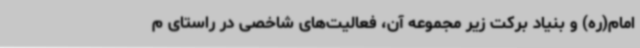
امام(ره) و بنیاد برکت زیر مجموعه آن، فعالیت‌های شاخصی در راستای م